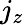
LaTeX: j_{z}